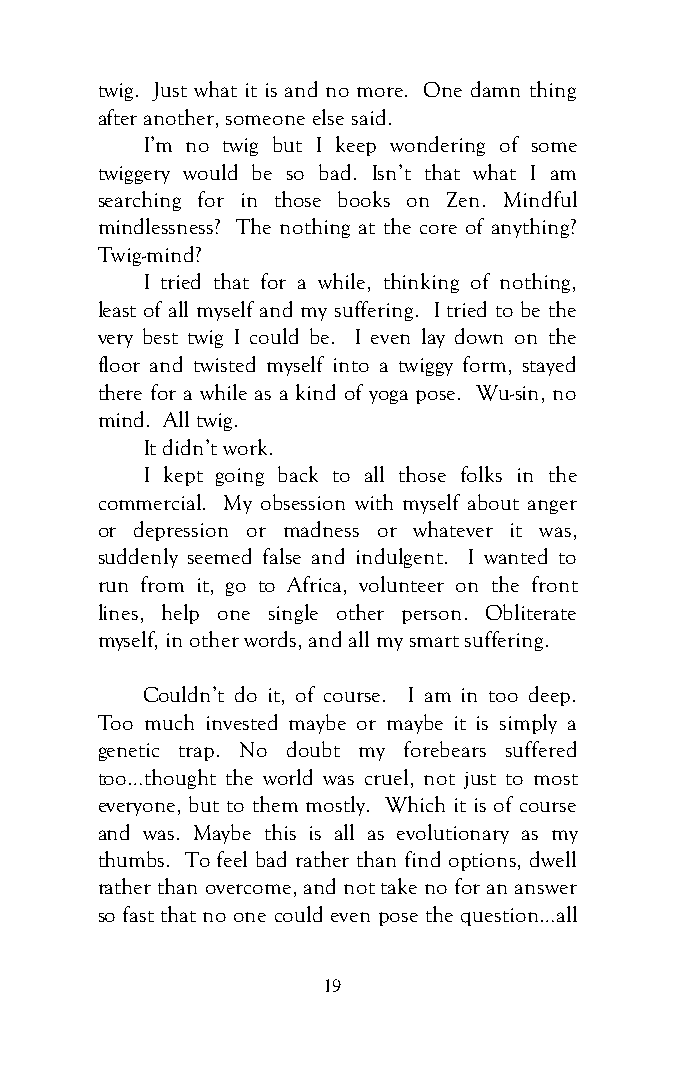
twig. Just what it is and no more. One damn thing
 after another, someone else said.
 I’m no twig but I keep wondering of some
 twiggery would be so bad. Isn’t that what I am
 searching for in those books on Zen. Mindful
 mindlessness? The nothing at the core of anything?
 Twig-mind?
 I tried that for a while, thinking of nothing,
 least of all myself and my suffering. I tried to be the
 very best twig I could be. I even lay down on the
 floor and twisted myself into a twiggy form, stayed
 there for a while as a kind of yoga pose. Wu-sin, no
 mind. All twig.
 It didn’t work.
 I kept going back to all those folks in the
 commercial. My obsession with myself about anger
 or depression or madness or whatever it was,
 suddenly seemed false and indulgent. I wanted to
 run from it, go to Africa, volunteer on the front
 lines, help one single other person. Obliterate
 myself, in other words, and all my smart suffering.
 Couldn’t do it, of course. I am in too deep.
 Too much invested maybe or maybe it is simply a
 genetic trap. No doubt my forebears suffered
 too…thought the world was cruel, not just to most
 everyone, but to them mostly. Which it is of course
 and was. Maybe this is all as evolutionary as my
 thumbs. To feel bad rather than find options, dwell
 rather than overcome, and not take no for an answer
 so fast that no one could even pose the question…all
 19